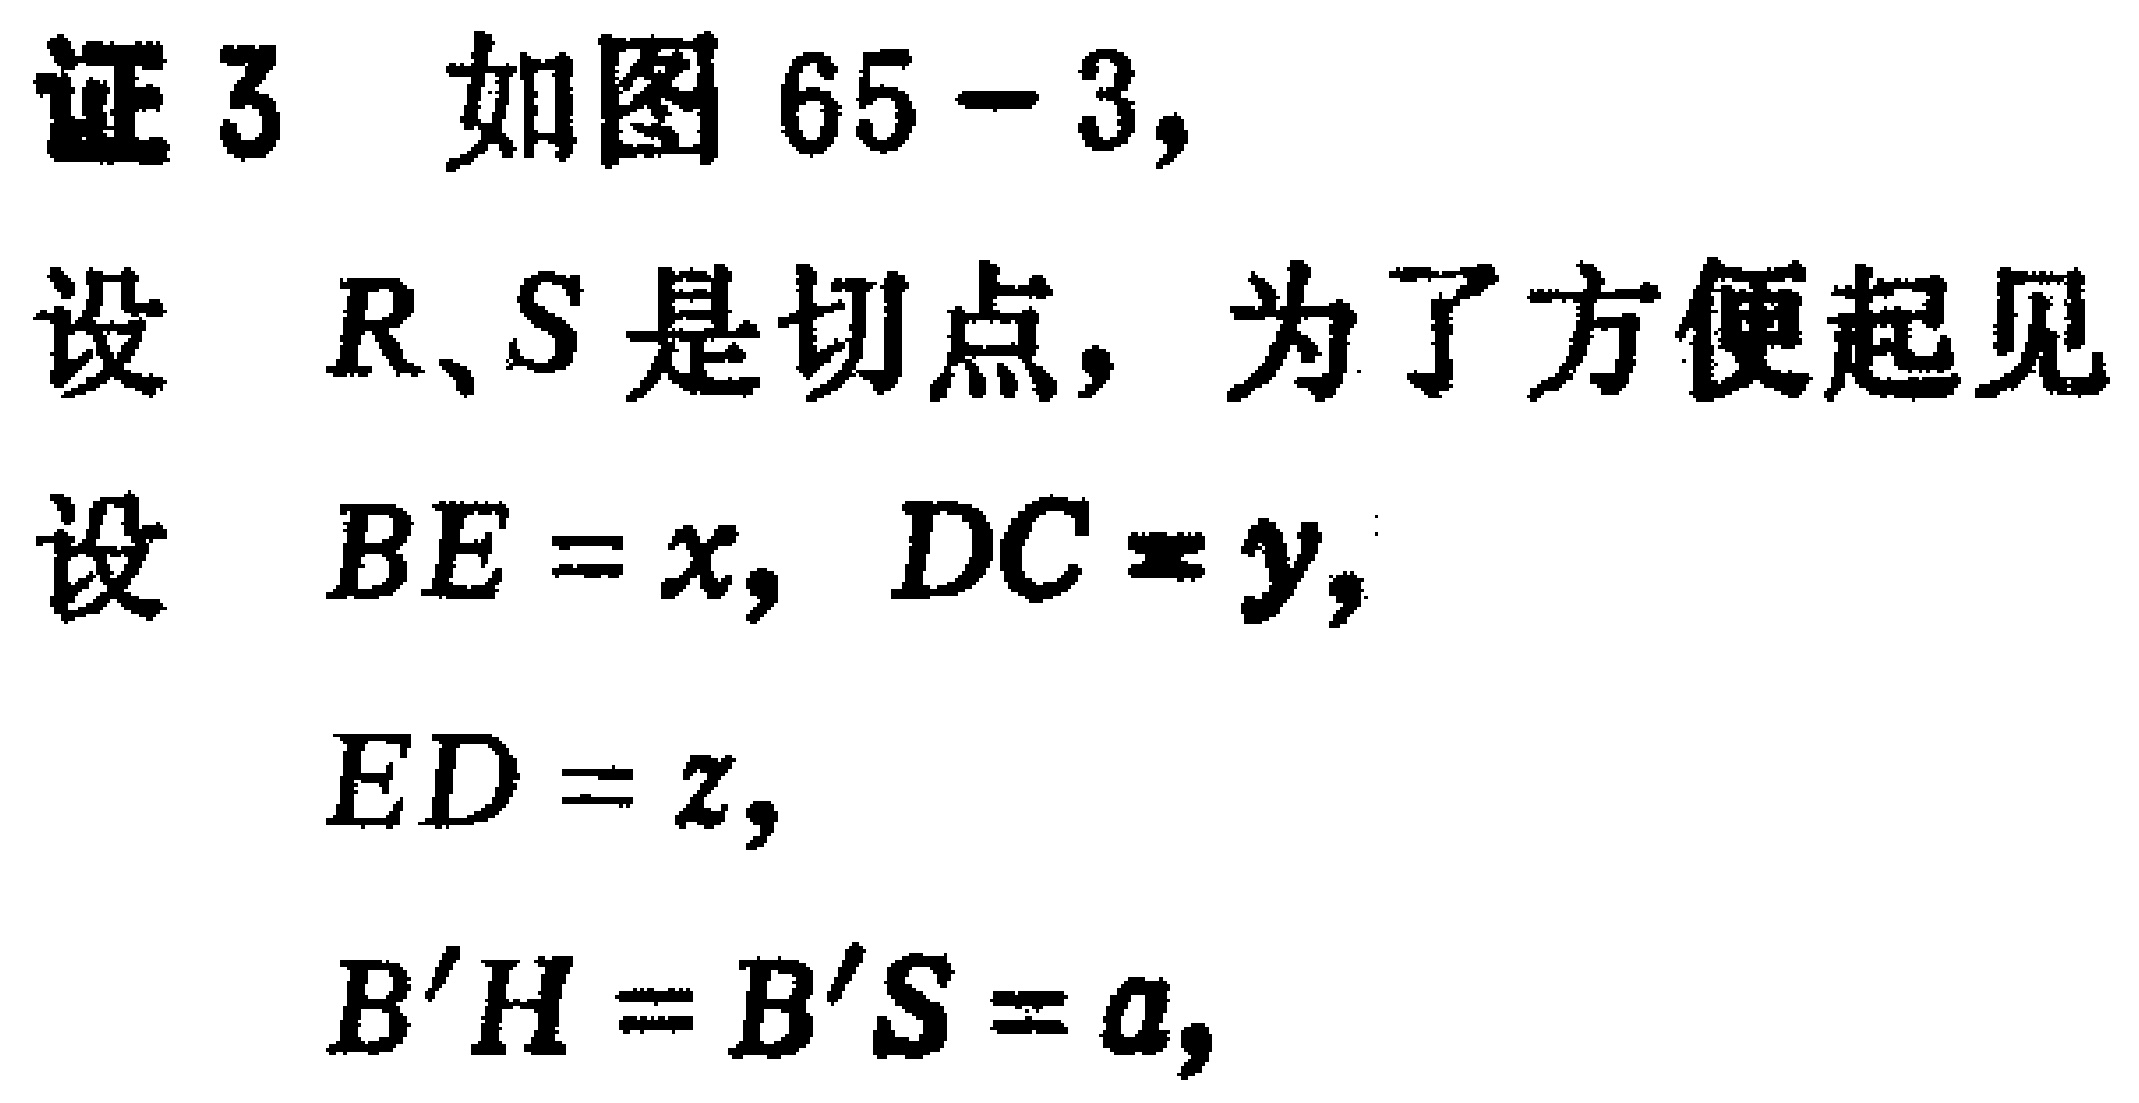
证3 如图65 - 3,
设 \(R、S\) 是切点，为了方便起见
设 \(BE = x\)，\(DC = y\)，
\(ED = z\)，
\(B'H = B'S = a\)，